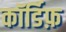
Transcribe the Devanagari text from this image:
कॉर्डिफ़